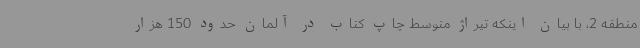
منطقه 2، با بیان اینکه تیراژ متوسط چاپ کتاب در آلمان حدود 150 هزار